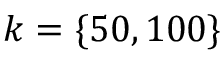
k = \{ 5 0 , 1 0 0 \}